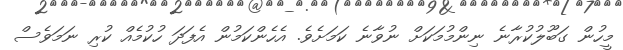
މީހުން ގަބޫލުކުރާނެ ނިންމުމަކަށް ނުވާނެ ކަމަށެވެ. އެހެންކަމުން އެފަދަ ހުކުމެއް ކުރި ނަމަވެސް